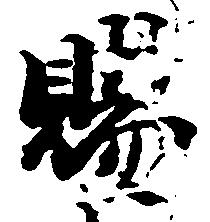
賜